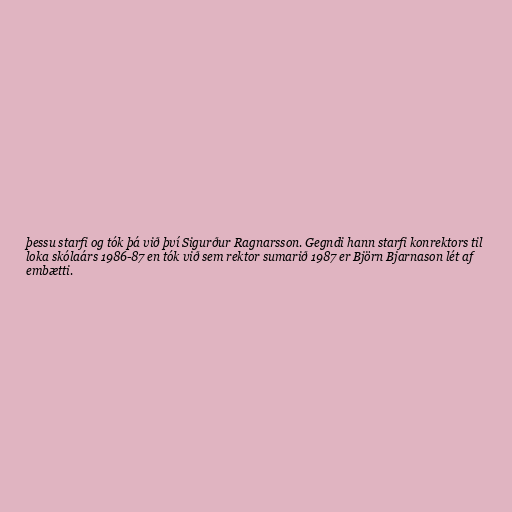
þessu starfi og tók þá við því Sigurður Ragnarsson. Gegndi hann starfi konrektors til
loka skólaárs 1986-87 en tók við sem rektor sumarið 1987 er Björn Bjarnason lét af
embætti.